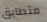
متطابق